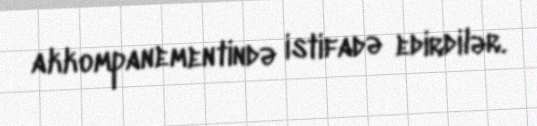
akkompanementində istifadə edirdilər.